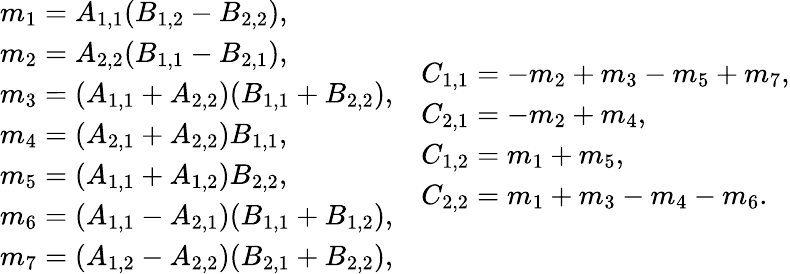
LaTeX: \begin{array}{cc}{\begin{array}{l}{m_{1}=A_{1,1}(B_{1,2}-B_{2,2}),}\\ {m_{2}=A_{2,2}(B_{1,1}-B_{2,1}),}\\ {m_{3}=(A_{1,1}+A_{2,2})(B_{1,1}+B_{2,2}),}\\ {m_{4}=(A_{2,1}+A_{2,2})B_{1,1},}\\ {m_{5}=(A_{1,1}+A_{1,2})B_{2,2},}\\ {m_{6}=(A_{1,1}-A_{2,1})(B_{1,1}+B_{1,2}),}\\ {m_{7}=(A_{1,2}-A_{2,2})(B_{2,1}+B_{2,2}),}\end{array}}&{\begin{array}{l}{C_{1,1}=-m_{2}+m_{3}-m_{5}+m_{7},}\\ {C_{2,1}=-m_{2}+m_{4},}\\ {C_{1,2}=m_{1}+m_{5},}\\ {C_{2,2}=m_{1}+m_{3}-m_{4}-m_{6}.}\end{array}}\end{array}